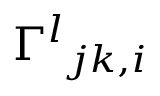
{ \Gamma ^ { l } } _ { j k , i }